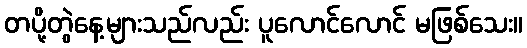
တပို့တွဲနေ့များသည်လည်း ပူလောင်လောင် မဖြစ်သေး။